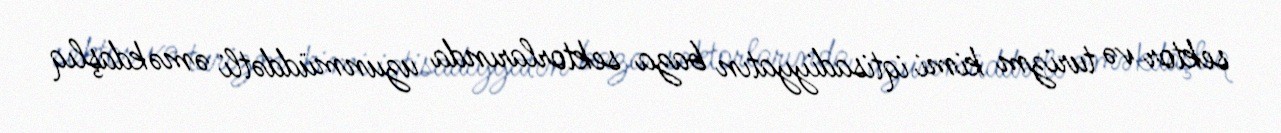
sektor və turizm kimi iqtisadiyyatın baza sektorlarında uzunmüddətli əməkdaşlıq